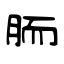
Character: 胹